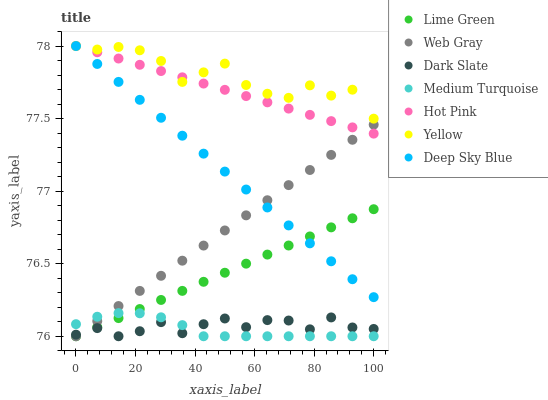
| xaxis_label | Lime Green | Web Gray | Dark Slate | Medium Turquoise | Hot Pink | Yellow | Deep Sky Blue |
 | --- | --- | --- | --- | --- | --- | --- | --- |
 | 0 | 76 | 76 | 76 | 76.1 | 78 | 78 | 78 |
 | 7.14 | 76.1 | 76.1 | 76.1 | 76.1 | 78 | 78 | 77.9 |
 | 14.3 | 76.1 | 76.2 | 76 | 76.2 | 77.9 | 78 | 77.8 |
 | 21.4 | 76.2 | 76.3 | 76 | 76.2 | 77.9 | 78 | 77.6 |
 | 28.6 | 76.3 | 76.4 | 76.1 | 76.1 | 77.8 | 77.9 | 77.5 |
 | 35.7 | 76.3 | 76.5 | 76 | 76.1 | 77.8 | 77.8 | 77.4 |
 | 42.9 | 76.4 | 76.6 | 76.1 | 76 | 77.7 | 77.8 | 77.3 |
 | 50 | 76.4 | 76.7 | 76.1 | 76 | 77.7 | 77.9 | 77.1 |
 | 57.1 | 76.5 | 76.8 | 76.1 | 76 | 77.7 | 77.7 | 77 |
 | 64.3 | 76.6 | 76.9 | 76.1 | 76 | 77.6 | 77.7 | 76.9 |
 | 71.4 | 76.6 | 77 | 76.1 | 76 | 77.6 | 77.6 | 76.8 |
 | 78.6 | 76.7 | 77.1 | 76 | 76 | 77.5 | 77.7 | 76.6 |
 | 85.7 | 76.8 | 77.2 | 76.1 | 76 | 77.5 | 77.7 | 76.5 |
 | 92.9 | 76.8 | 77.4 | 76.1 | 76 | 77.4 | 77.7 | 76.4 |
 | 100 | 76.9 | 77.5 | 76.1 | 76 | 77.4 | 77.5 | 76.3 |